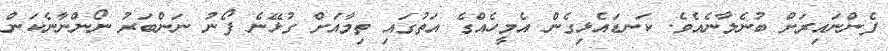
ފެންނައިރަށް ބުނެލާނެއެވެ. ކަނޑައެޅިގެން އެމީހެއްގެ އަތުގައި ތިމާއަށް ގުޅޭނެ ފޯނު ނަންބަރު ނޯންނާނެކަން